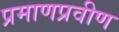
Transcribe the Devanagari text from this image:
प्रमाणप्रवीण